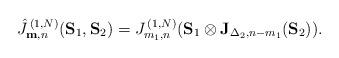
LaTeX: \begin{align*}\hat{J}_{\mathbf{m},n}^{\,(1,N)}(\mathbf{S}_{1},\mathbf{S}_{2})=J_{m_{1},n}^{\,(1,N)}(\mathbf{S}_{1}\otimes \mathbf{J}_{\Delta_{2},n-m_{1}}(\mathbf{S}_{2})). \end{align*}